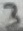
Text: 3